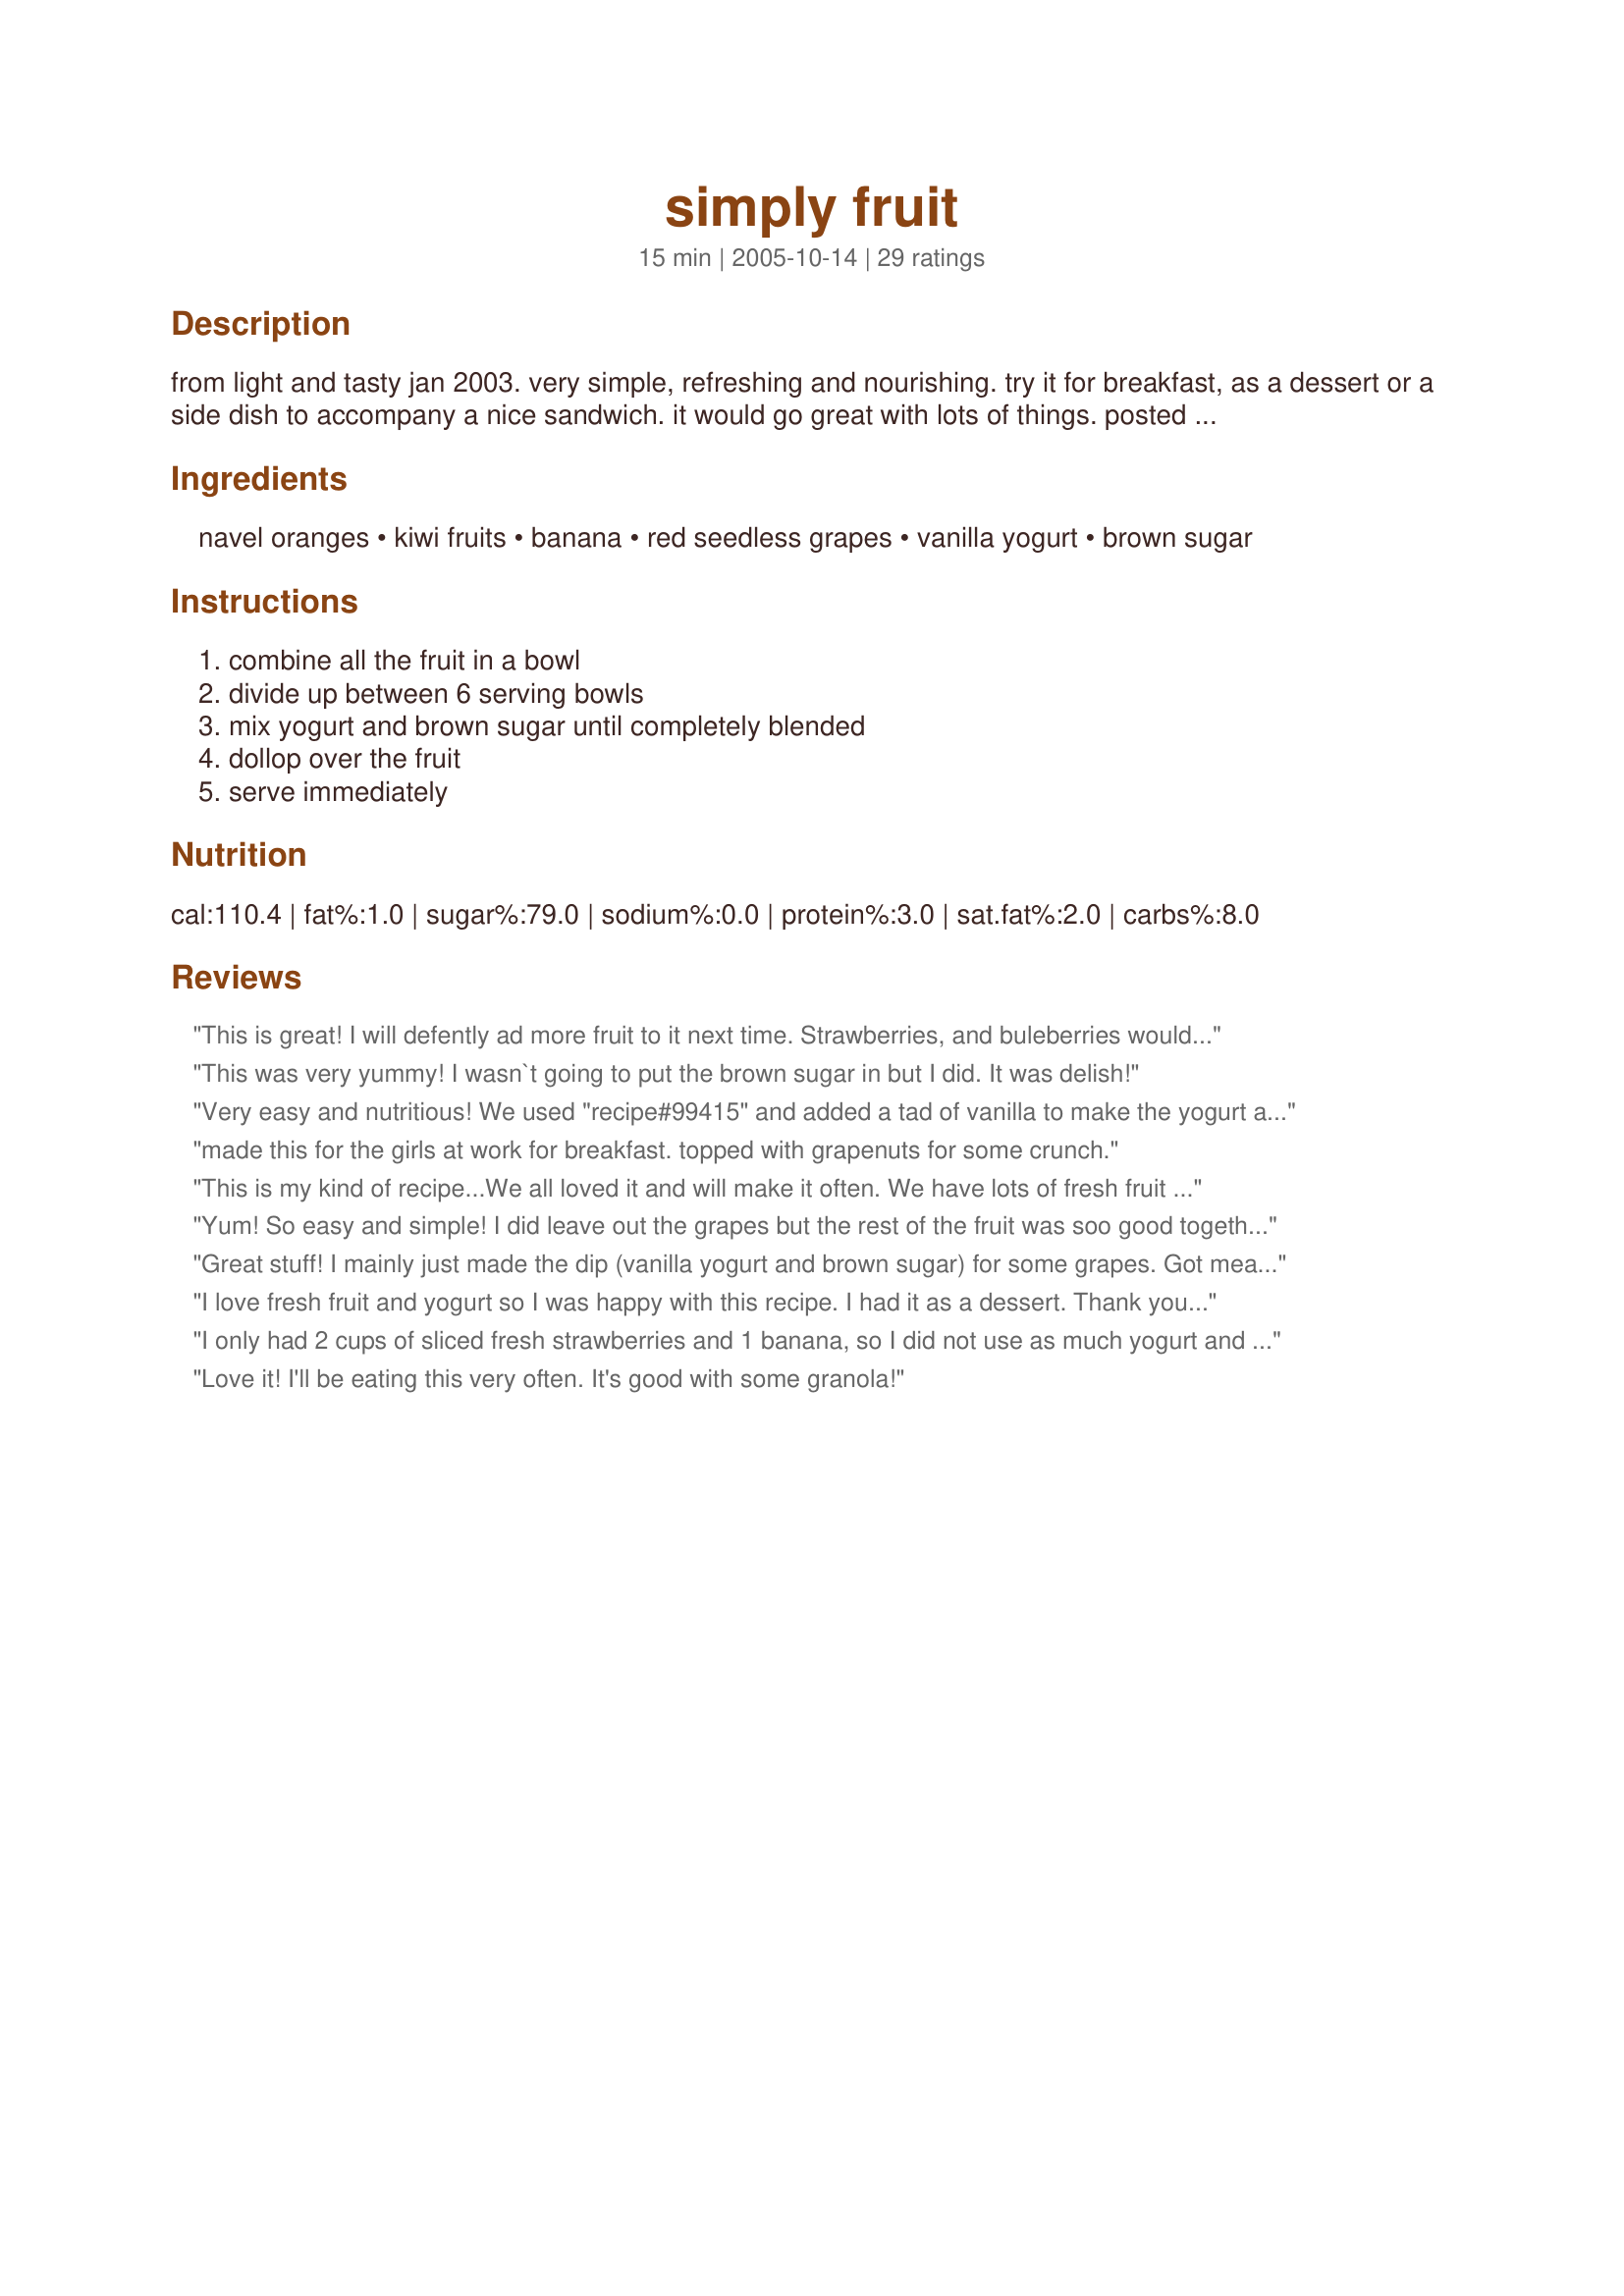
simply fruit
Preparation time: 15 minutes

from light and tasty jan 2003. very simple, refreshing and nourishing. try it for breakfast, as a dessert or a side dish to accompany a nice sandwich. it would go great with lots of things. posted for world tour 2005 - australia & new zealand as the fruits here are indigenous to those regions.

Ingredients:
navel oranges, kiwi fruits, banana, red seedless grapes, vanilla yogurt, brown sugar

Steps:
combine all the fruit in a bowl, divide up between 6 serving bowls, mix yogurt and brown sugar until completely blended, dollop over the fruit, serve immediately

Reviews:
This is great! I will defently ad more fruit to it next time. Strawberries, and buleberries would be great.
This was very yummy! I wasn`t going to put the brown sugar in but I did. It was delish!
Very easy and nutritious! We used "recipe#99415" and added a tad of vanilla to make the yogurt and then just poured that mixture over all the fruit and dished it out as needed. We did think it tasted better after melding together for about 20 minutes. Thank you for sharing.
made this for the girls at work for breakfast. topped with grapenuts for some crunch.
This is my kind of recipe...We all loved it and will make it often. We have lots of fresh fruit right now for cheap so we have been eating a lot of fruit lately. We had this with lunch today.
Yum! So easy and simple! I did leave out the grapes but the rest of the fruit was soo good together. Ate with your 
Tropical Pound Cake Recipe #141818 on the side! Thanks Mama!

Great stuff! I mainly just made the dip (vanilla yogurt and brown sugar) for some grapes. Got meat and potatoes eatin' DH to eat fruit, so I'm happy! Thanks for sharing.
I love fresh fruit and yogurt so I was happy with this recipe. I had it as a dessert. Thank you for sharing your recipe!
I only had 2 cups of sliced fresh strawberries and 1 banana, so I did not use as much yogurt and brown sugar, but this is so delicious. I will try with other fruits. I know that this will be a regular dish at my house. Thanks.
Love it! I'll be eating this very often. It's good with some granola!
I made this to go along with #15414 Breakfast Pizza Squares and everyone liked it alot. I did substitute strawberries for the kiwi because I don't care for kiwi. Very good.
*Reviewed for ZWT5 ChowHounds Aussie NZ visit* Loved it! This was a very refreshing fruit salad using current season fruits. Fairly typical of fruits that would standardly be made into a fruit salad in Australia. Photo also being posted.
This was really good. I added black berries and served the fruit on top of vanilla yogurt. Everyone in the family enjoyed it. Thanks for posting.
Very nice. This was great for a light lunch. Nice and healthy with all of the fruit and yogurt. I used raw sugar vs. the brown sugar. And it did't disagree with a pregnant ladies tummy! Yay. :D I had this with a nice big turkey & cheese on rye sandwich. Even the kids liked this salad and there wasn't any left for a snack as I had planned.
I have made this twice already for my kids and they LOVE this asa quick snack or side dish with dinner. I have made it using both vanilla and key lime yogurt and it was great both ways! I used kiwis, red grapes, bananas and a can of mandarin oranges. The only sub I used was to use Splenda brown sugar. I will be making this one a lot!! Thank you for the recipe- it really is a quick addition to the table!! **Made for January Beverage Tag 2008**
Great combination of fruits. I also added three passionfruit. Did not have vanilla yogurt, so used plain with excellent results. Four teenagers inhaled this: I got a spoonful. Made for Zaar World Tour.
What a great idea! I have been trying to get my boyfriend to eat more fruit and this was the perfect way to do it. I did add some strawberries and blueberries and skipped the brown sugar as it was sweet enough for our tastes. I used Activa Vanilla Yogurt (the only yogurt my boyfriend likes) and I also added honey almond granola for some crunch at his request - something I highly recommend adding. Thanks for sharing!
Oh my. This is sooo good. I prepared the ingredients exactly as written. I'll be making this often. Thankyou for sharing. Made for ZWT5
Simply Fruit was simply great in the highland lakes of Iceland this past weekend where we went for a 4-dy fishing trip. I made the recipe just as written & paired it w/breakfast scones for 2 dys of that time. My DH was so happy & our friends were so jealous! Thx for posting.
Try this using key lime yogurt & add a little coconut--ambrosia!!
Wonderful, simple, and versatile recipe. I followed it exactly with great results, but you could use just about any combination of fruit with the yogurt/brown sugar sauce. You can also make this with plain yogurt and a splash of vanilla if you dont have vanilla yogurt. Highly recommended!!
We had this as a side to lunch today. I made exactly as stated. It was so good. My husband and I loved it. My three year old asked for seconds. Thanks Mama for a wonderful fruity delight.
So refreshing! I'll make this a lot!Thanks for sharing
VERY GOOD!! I sprinkled the brown sugar on top...of mine (DH prefers without) He doesn't know what he is missing!!
Thank you!!
This was a very good lunch today. I think it will be made often over the summer. The yogurt and brown sugar are a perfect companion for the fruit. Yumm.
Excellent. I took everything to work, cut up the fruit, mixed the yogurt and brown sugar added to the fruit and shared with co-workers (a few) Everyone thought this was great. Very light and refreshing. Wonderful conbination of flavors. After I loose a few pounds, I would like to make this again and maybe add a few chopped nuts. Thanks mama for a great keeper.
THE BEST breakfast i have had in a long time, thank you for the recipe.
This is a very good fruit salad!!Instead of grapes i used strawberries.I'll be making this often!!Thanks
Fabulous fruit salad! I'll make this often, our guests loved it, and so simple and quick to make! I couldn't resist adding strawberries to it. Another great recipe from mama's kitchen!
